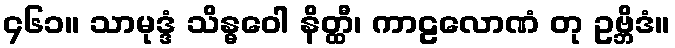
၄၆၁။ သာမုဒ္ဒံ သိန္ဓဝေါ နိတ္ထီ၊ ကာဠလောဏံ တု ဥဗ္ဘိဒံ။